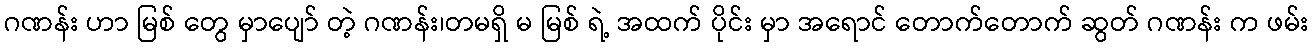
ဂဏန်း ဟာ မြစ် တွေ မှာပျော် တဲ့ ဂဏန်း၊တမရှိ မ မြစ် ရဲ့ အထက် ပိုင်း မှာ အရောင် တောက်တောက် ဆွတ် ဂဏန်း က ဖမ်း